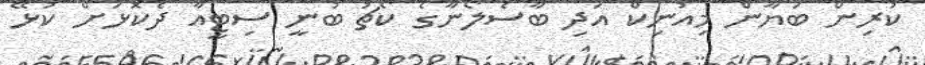
ކުރިން ބަޔާން މިއުނިކް އަދި ބާސެލޯނާގެ ކޯޗު ބުނީ ސިޓީއާ ދެކޮޅަށް ކުޅޭ